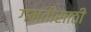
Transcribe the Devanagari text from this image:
गमतीसाठी